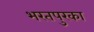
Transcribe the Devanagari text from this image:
भरतपुरका